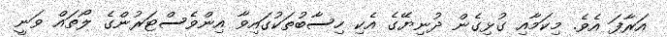
އަރާފަ އެވެ. މިކަމާއި ގުޅިގެން ދުނިޔޭގެ އެކި ހިސާބުތަކުގައިވާ އިންވެސްޓަރުންގެ ލޯތައް ވަނީ